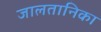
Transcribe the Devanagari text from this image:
जालतानिका